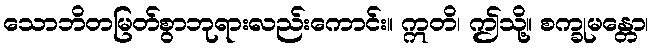
သောဘိတမြတ်စွာဘုရားလည်းကောင်း။ ဣတိ၊ ဤသို့။ စက္ခုမန္တော၊